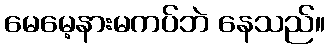
မေမေ့နားမကပ်ဘဲ နေသည်။